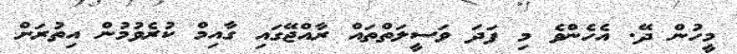
މީހުން ދޭ. އެހެންވެ މި ފަދަ ވަސީލަތްތައް ރާއްޖޭގައި ގާއިމް ކުރެވުމުން އިތުރަށް